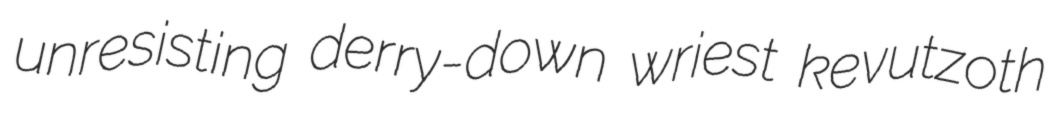
unresisting derry-down wriest kevutzoth